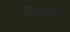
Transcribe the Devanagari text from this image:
टिप्पणयों